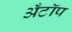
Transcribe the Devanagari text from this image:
अँटॉप